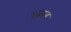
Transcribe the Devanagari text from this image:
एतस्य